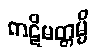
ကဋိမတ္တမ္ပိ